Scottish Leaving Certificate Examination, 1960
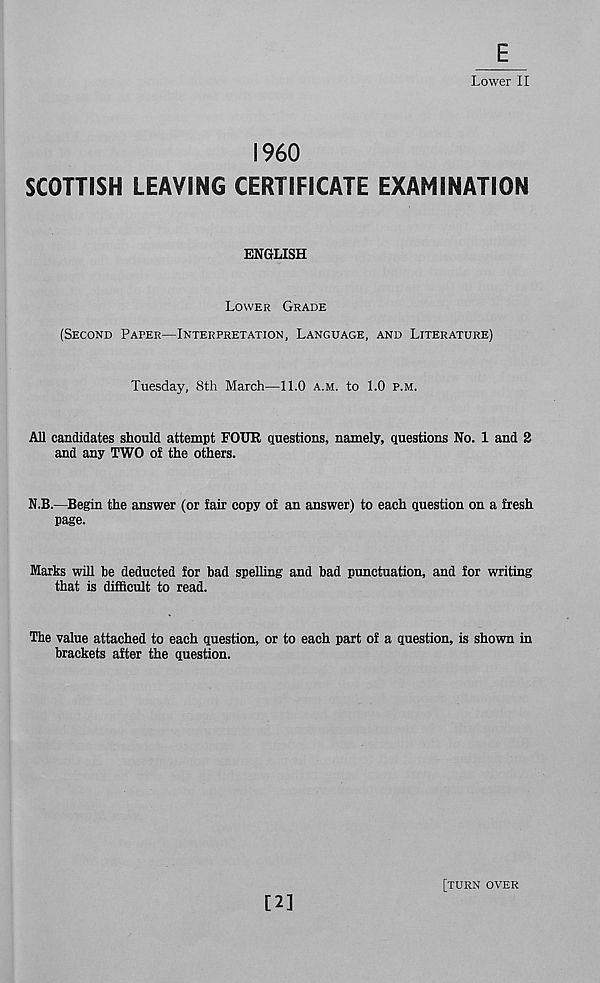
E
Lower II
1960
SCOTTISH LEAVING CERTIFICATE EXAMINATION
ENGLISH
LOWER GRADE
(SECOND PAPER—INTERPRETATION, LANGUAGE, AND LITERATURE)
Tuesday, 8th March—11.0 A.M. to 1.0 P.M.
All candidates should attempt FOUR questions, namely, questions No. 1 and 2
and any TWO of the others.
N.B.—Begin the answer (or fair copy of an answer) to each question on a fresh
page.
Marks will be deducted for bad spelling and bad punctuation, and for writing
that is difficult to read.
The value attached to each question, or to each part of a question, is shown in
brackets after the question.
[2]
[TURN OVER